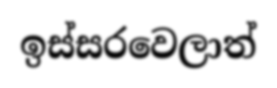
ඉස්සරවෙලාත්